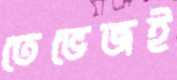
তেভেজই